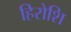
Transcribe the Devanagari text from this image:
हिरोशि